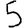
Digit: 5